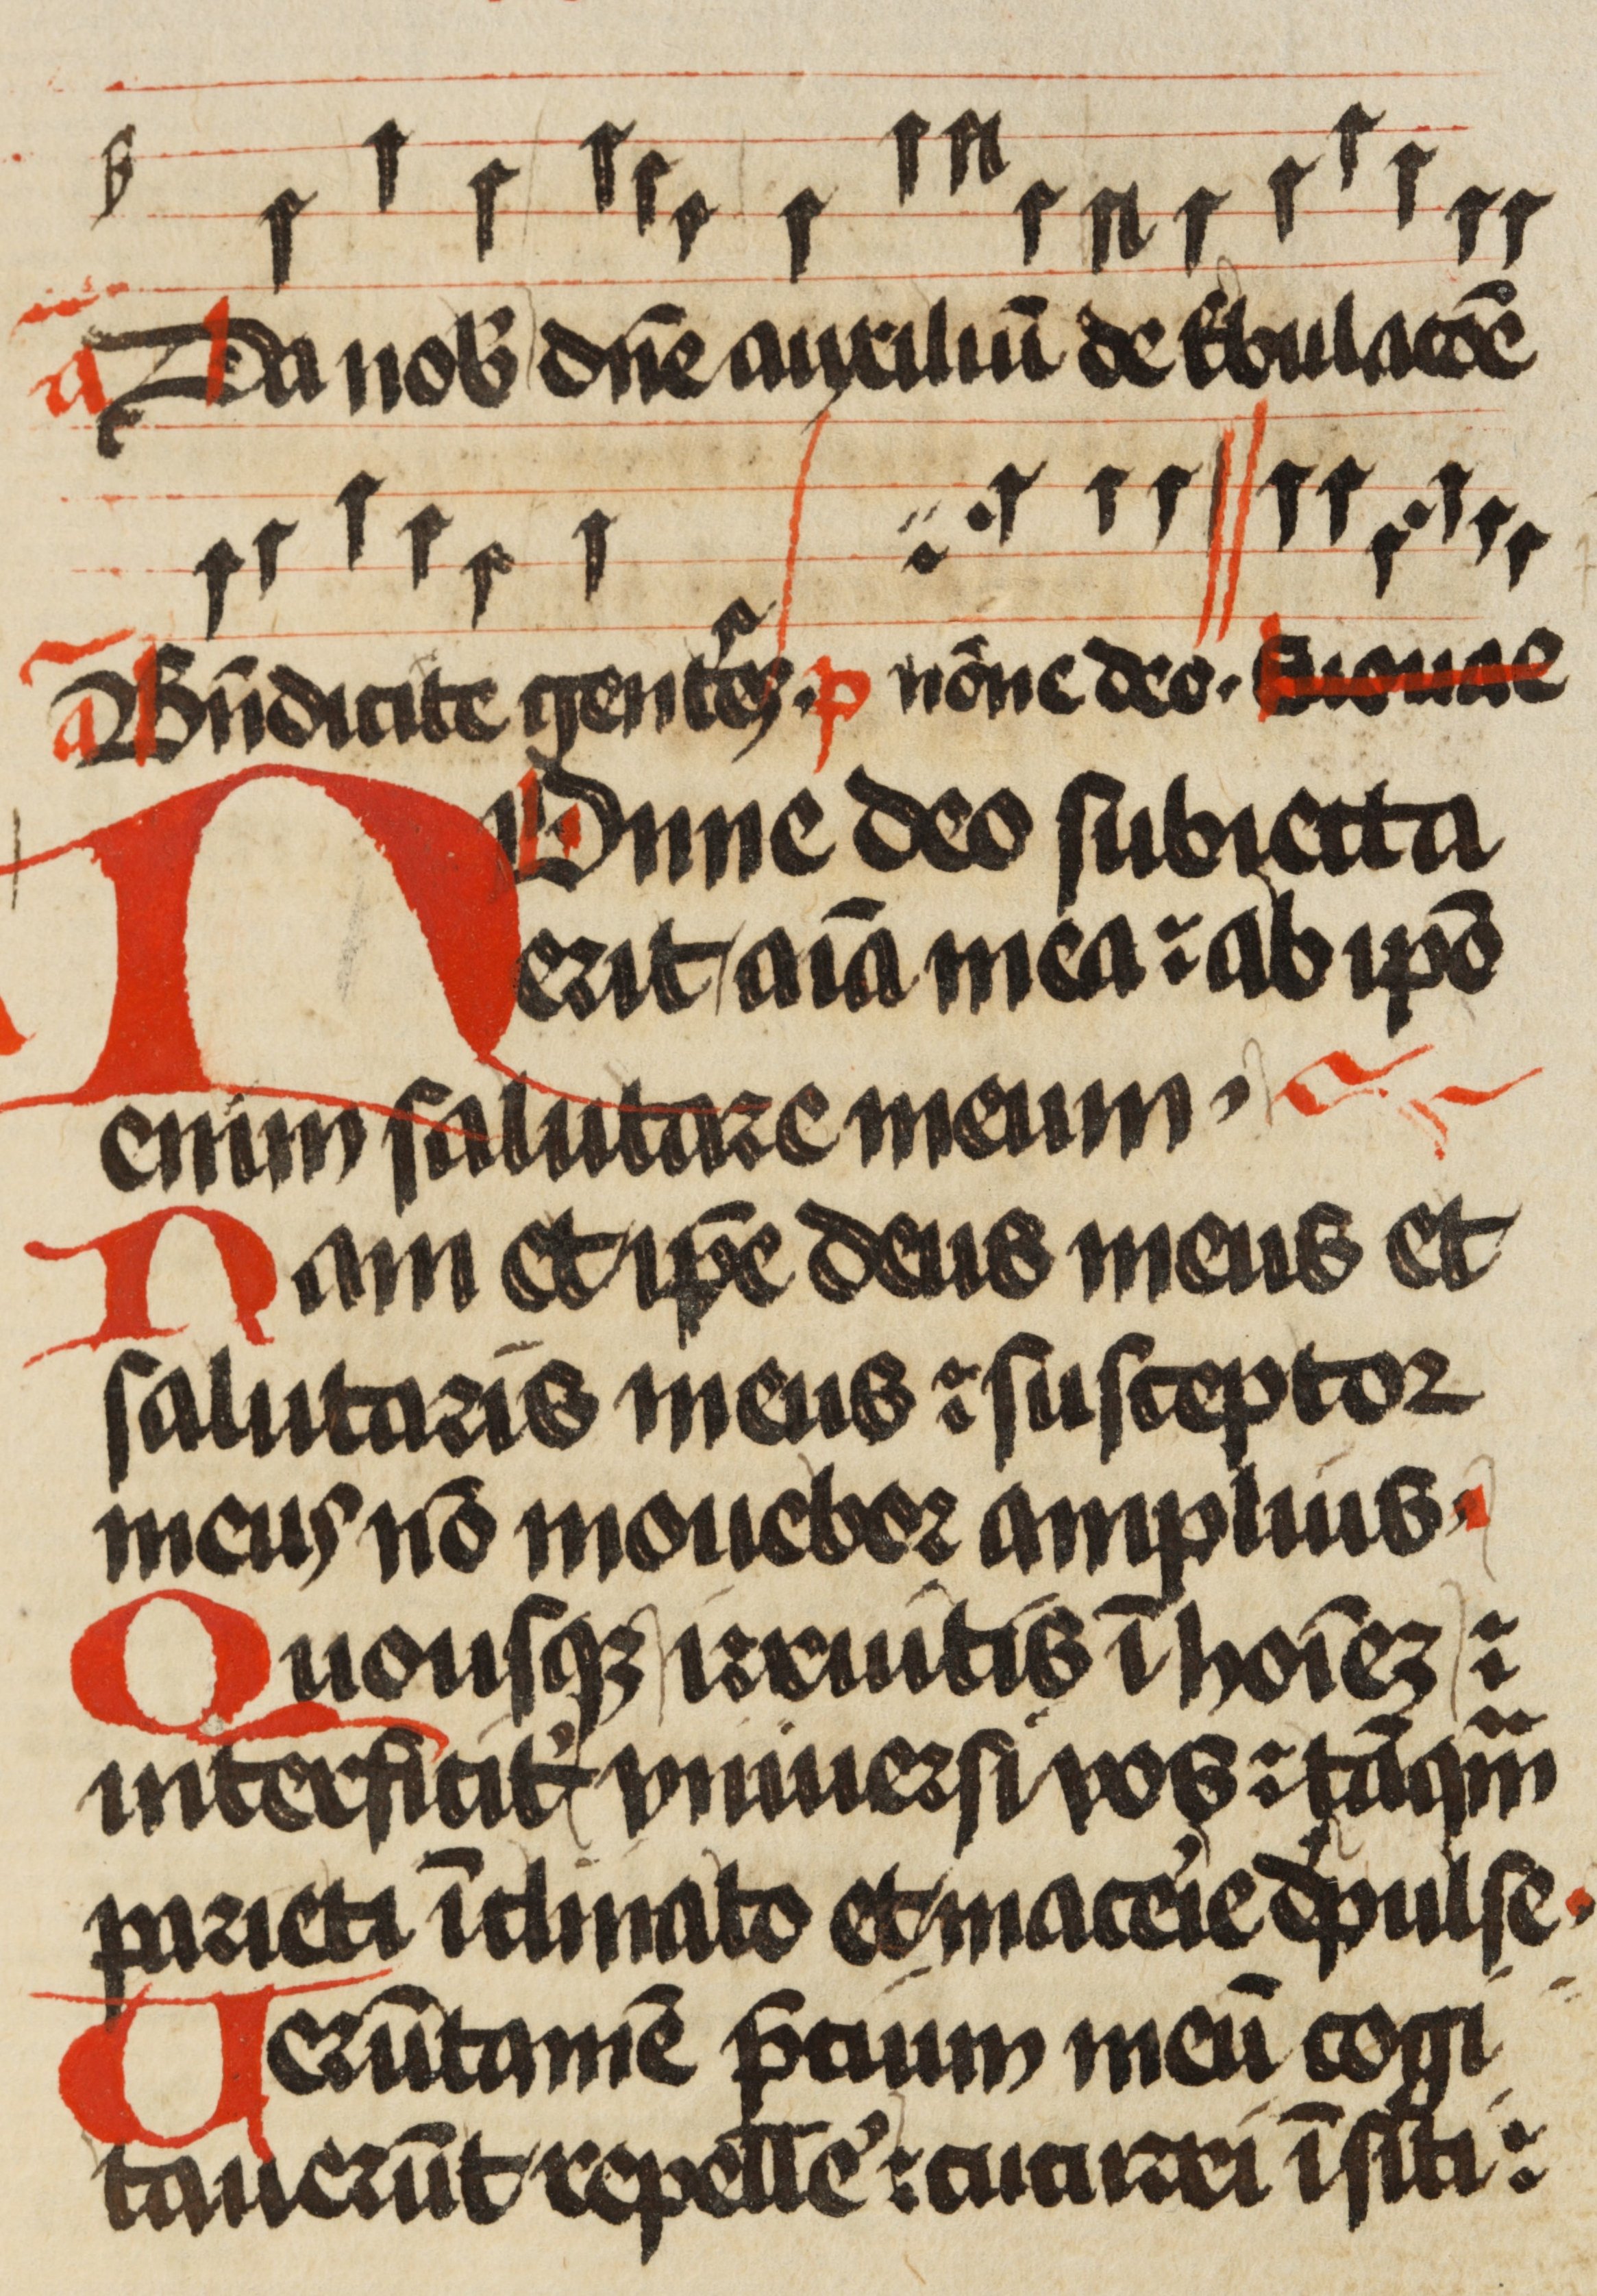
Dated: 1471–1471